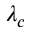
\lambda _ { c }